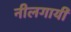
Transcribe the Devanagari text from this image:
नीलगायी